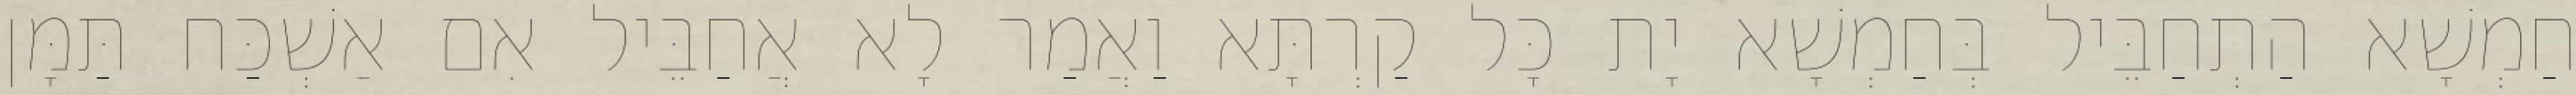
חַמְשָׁא הַתְחַבֵּיל בְּחַמְשָׁא יָת כָּל קַרְתָּא וַאֲמַר לָא אֲחַבֵּיל אִם אַשְׁכַּח תַּמָּן